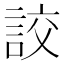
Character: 詨